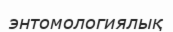
энтомологиялық